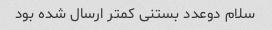
سلام دوعدد بستنی کمتر ارسال شده بود